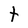
Character: t